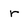
Character: r